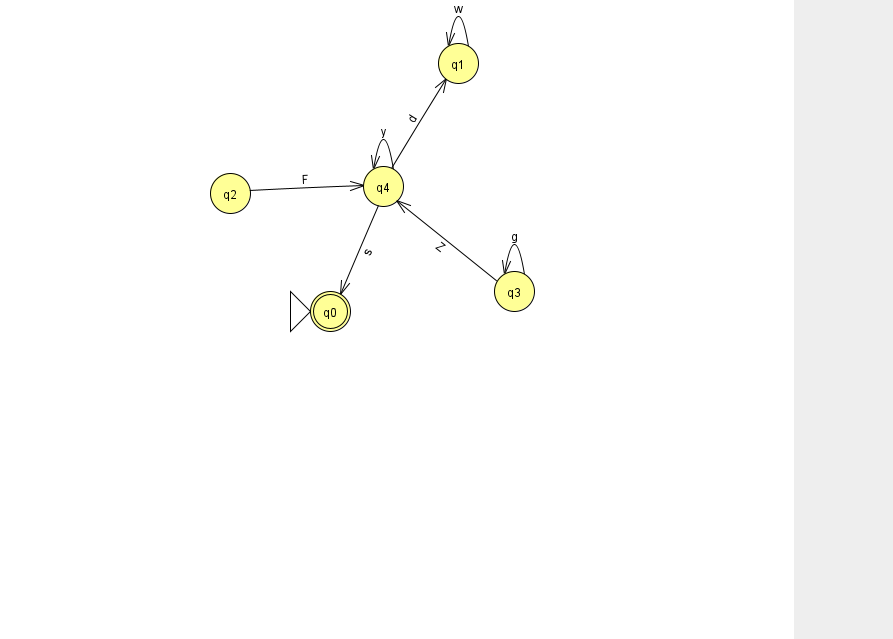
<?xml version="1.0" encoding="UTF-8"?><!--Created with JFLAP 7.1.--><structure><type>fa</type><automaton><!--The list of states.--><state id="0" name="q0"><x>330.0</x><y>298.0</y><initial/><final/></state><state id="1" name="q1"><x>458.0</x><y>50.0</y></state><state id="2" name="q2"><x>230.0</x><y>180.0</y></state><state id="3" name="q3"><x>514.0</x><y>278.0</y></state><state id="4" name="q4"><x>383.0</x><y>173.0</y></state><!--The list of transitions.--><transition><from>4</from><to>1</to><read>d</read></transition><transition><from>1</from><to>1</to><read>w</read></transition><transition><from>3</from><to>3</to><read>g</read></transition><transition><from>3</from><to>4</to><read>Z</read></transition><transition><from>4</from><to>0</to><read>s</read></transition><transition><from>4</from><to>4</to><read>y</read></transition><transition><from>2</from><to>4</to><read>F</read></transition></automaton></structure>